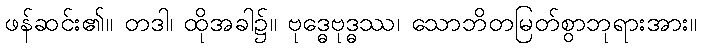
ဖန်ဆင်း၏။ တဒါ၊ ထိုအခါ၌။ ဗုဒ္ဓေဗုဒ္ဓဿ၊ သောဘိတမြတ်စွာဘုရားအား။